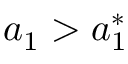
a _ { 1 } > a _ { 1 } ^ { * }